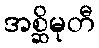
အစ္ဆိမုတီ